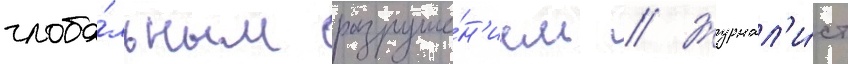
глоба́льным разруше́н'ием // Журнал'и́ст